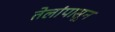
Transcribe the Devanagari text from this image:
तेलांपासून